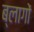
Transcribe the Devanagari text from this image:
ब्लागों